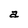
Character: a